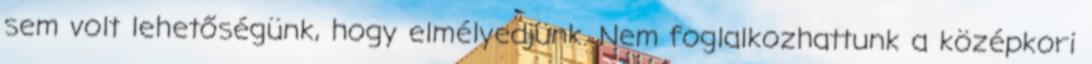
sem volt lehetőségünk, hogy elmélyedjünk. Nem foglalkozhattunk a középkori